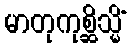
မာတုကုစ္ဆိသ္မိံ